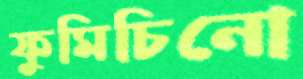
ফুমিচিনো